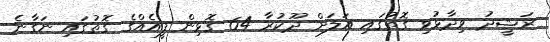
ރަޝީދު ވިދާޅުވި ގޮތުގައި އަލަށް ދޫކުރާ 64 ގޮޅިން ފީއެއްގެ ގޮތުގައި ނަގާނެ